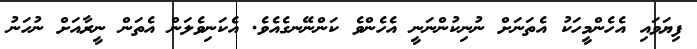
ފިޔަވައި އެހެންމީހަކު އެތަނަށް ނުނިކުންނަނީ އެހެންވެ ކަންނޭނގެއެވެ. އެކަނިވެލަން އެތަން ނީރާއަށް ނުހަނު